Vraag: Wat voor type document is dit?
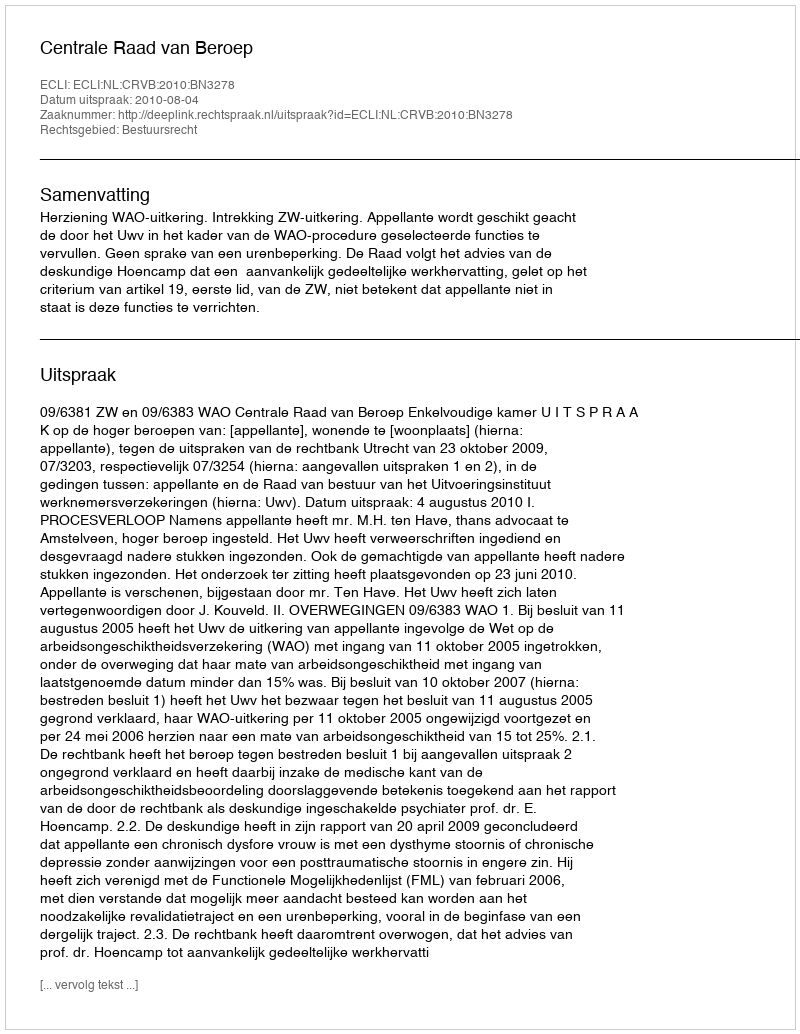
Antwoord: Uitspraak